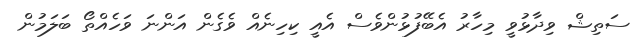
ސަތިޝް ވިދާޅުވީ މިހާރު އެބޭފުޅުންވެސް އެއީ ކިހިނެއް ވެގެން އަންނަ ވަހެއްތޯ ބަލަމުން